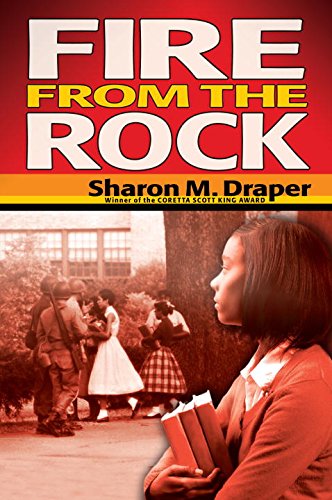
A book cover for Fire from the Rock; Sharon Draper; Teen & Young Adult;